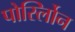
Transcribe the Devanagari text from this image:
पोर्स्लोिन